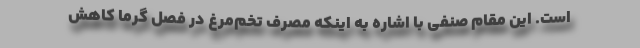
است. این مقام صنفی با اشاره به اینکه مصرف تخم‌مرغ در فصل گرما کاهش